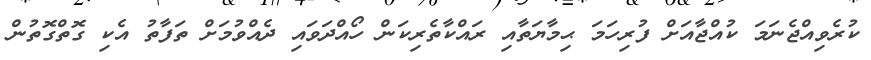
ކުރެވިއްޖެނަމަ ކުއްޖާއަށް ފުރިހަމަ ޙިމާޔަތާއި ރައްކާތެރިކަން ހޯއްދަވައި ދެއްވުމަށް ތަފާތު އެކި ގޮތްގޮތުން